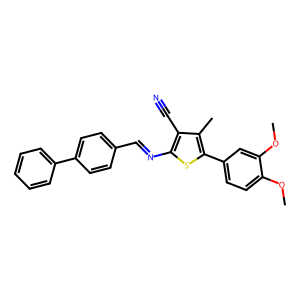
SMILES: COc1ccc(-c2sc(N=Cc3ccc(-c4ccccc4)cc3)c(C#N)c2C)cc1OC
Inhibits HIV replication: No